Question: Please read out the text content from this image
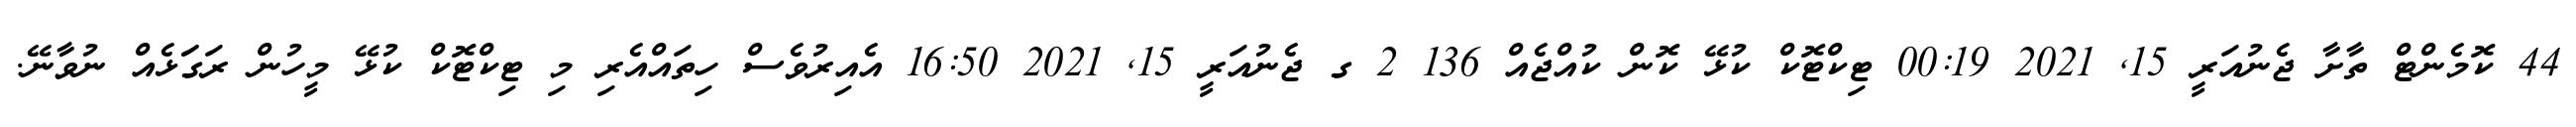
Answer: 44 ކޮމެންޓް ތާށާ ޖެނުއަރީ 15, 2021 00:19 ޓިކްޓޮކް ކުޅޭ ކޮން ކުއްޖެއް 136 2 ގ ޖެނުއަރީ 15, 2021 16:50 އެއިރުވެސް ހިތައްއެރި މި ޓިކްޓޮކް ކުޅޭ މީހުން ރަގަަޅެއް ނުވާނޭ.